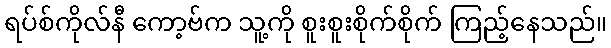
ရပ်စ်ကိုလ်နီ ကော့ဗ်က သူ့ကို စူးစူးစိုက်စိုက် ကြည့်နေသည်။